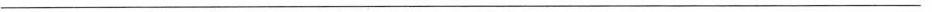
___